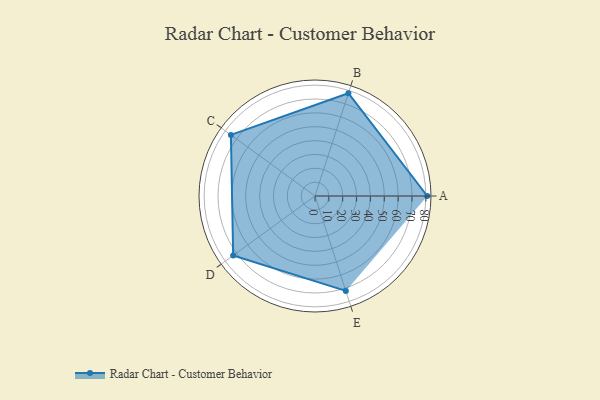
{"axis": {"x": "Skill", "y": "Score"}, "legend": ["Profile"], "data": [{"x": "A", "y": 81.0, "type": "Profile"}, {"x": "B", "y": 78.0, "type": "Profile"}, {"x": "C", "y": 75.0, "type": "Profile"}, {"x": "D", "y": 73.0, "type": "Profile"}, {"x": "E", "y": 72.0, "type": "Profile"}]}